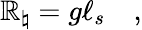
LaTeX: \mathbb{R}_{\natural}=g\ell_{s}\quad,